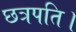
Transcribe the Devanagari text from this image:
छत्रपति।